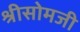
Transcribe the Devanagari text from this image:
श्रीसोमजी